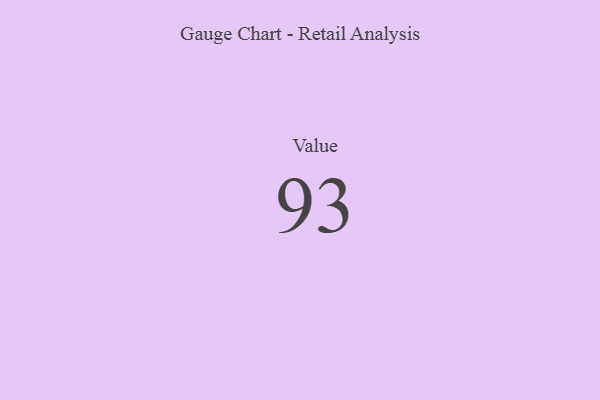
{"axis": {"x": "Metric", "y": "Value"}, "legend": [""], "data": [{"x": "Value", "y": 93, "type": ""}]}